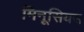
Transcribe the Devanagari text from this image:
मिनूसियस